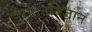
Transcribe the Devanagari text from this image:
पुरातनविज्ञान